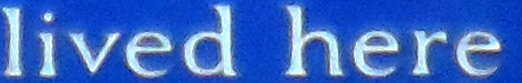
lived here